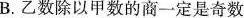
B.乙数除以甲数的商一定是奇数